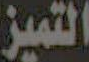
التميز